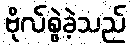
ဗိုလ်စွဲခဲ့သည်